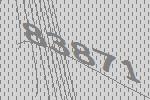
83871